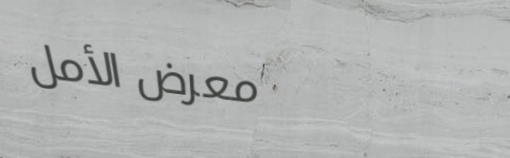
معرض الأمل